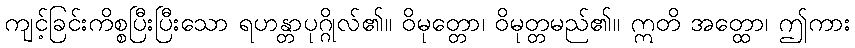
ကျင့်ခြင်းကိစ္စပြီးပြီးသော ရဟန္တာပုဂ္ဂိုလ်၏။ ဝိမုတ္တော၊ ဝိမုတ္တမည်၏။ ဣတိ အတ္ထော၊ ဤကား